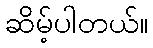
ဆိမ့်ပါတယ်။